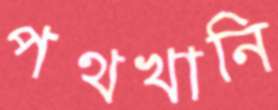
পথখানি